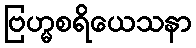
ဗြဟ္မစရိယေသနာ